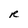
Character: R